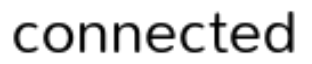
connected